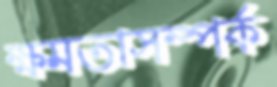
ক্ষমতাসম্পর্ক